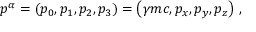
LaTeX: p ^ { \alpha } = \left( p _ { 0 } , p _ { 1 } , p _ { 2 } , p _ { 3 } \right) = \left( \gamma m c , p _ { x } , p _ { y } , p _ { z } \right) \, ,